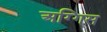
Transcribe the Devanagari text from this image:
अग्गिस